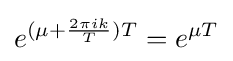
e^{(\mu +{\frac {2\pi ik}{T}})T}=e^{\mu T}